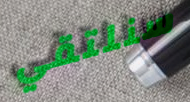
سنلتقي